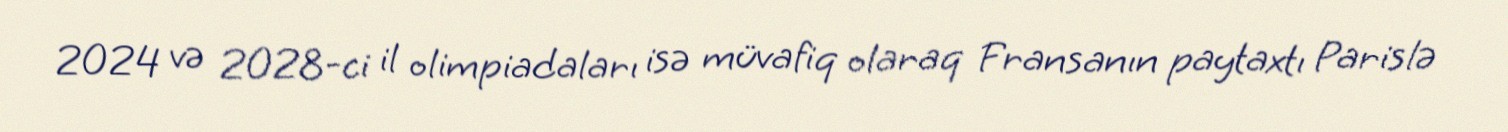
2024 və 2028-ci il olimpiadaları isə müvafiq olaraq Fransanın paytaxtı Parislə